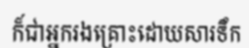
ក៏ជាអ្នករងគ្រោះដោយសារទឹក